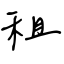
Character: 租